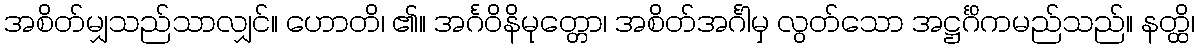
အစိတ်မျှသည်သာလျှင်။ ဟောတိ၊ ၏။ အင်္ဂဝိနိမုတ္တော၊ အစိတ်အင်္ဂါမှ လွတ်သော အဋ္ဌင်္ဂိကမည်သည်။ နတ္ထိ၊